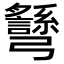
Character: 𢑉